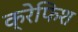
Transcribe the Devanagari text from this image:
क्रेफिश